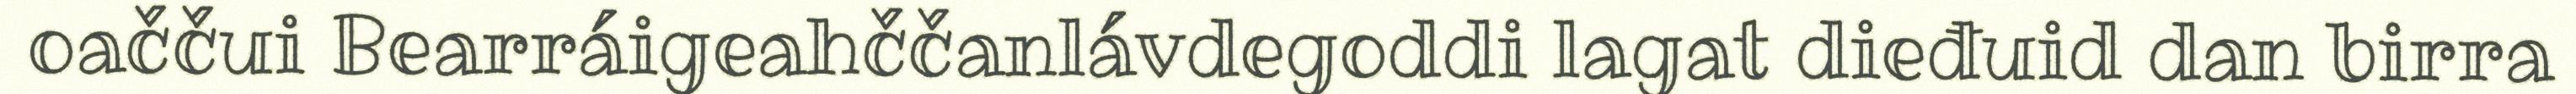
oaččui Bearráigeahččanlávdegoddi lagat dieđuid dan birra